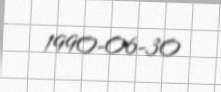
1990-06-30